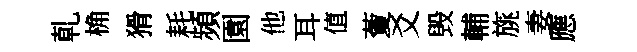
乹桷猾耗頻園他耳值藑爻毁輔旐妻應